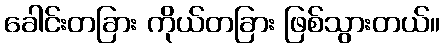
ခေါင်းတခြား ကိုယ်တခြား ဖြစ်သွားတယ်။